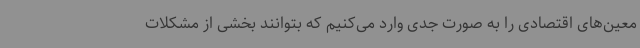
معین‌های اقتصادی را به صورت جدی وارد می‌کنیم که بتوانند بخشی از مشکلات